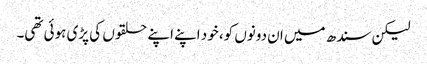
لیکن سندھ میں ان دونوں کو، خود اپنے اپنے حلقوں کی پڑی ہوئی تھی۔